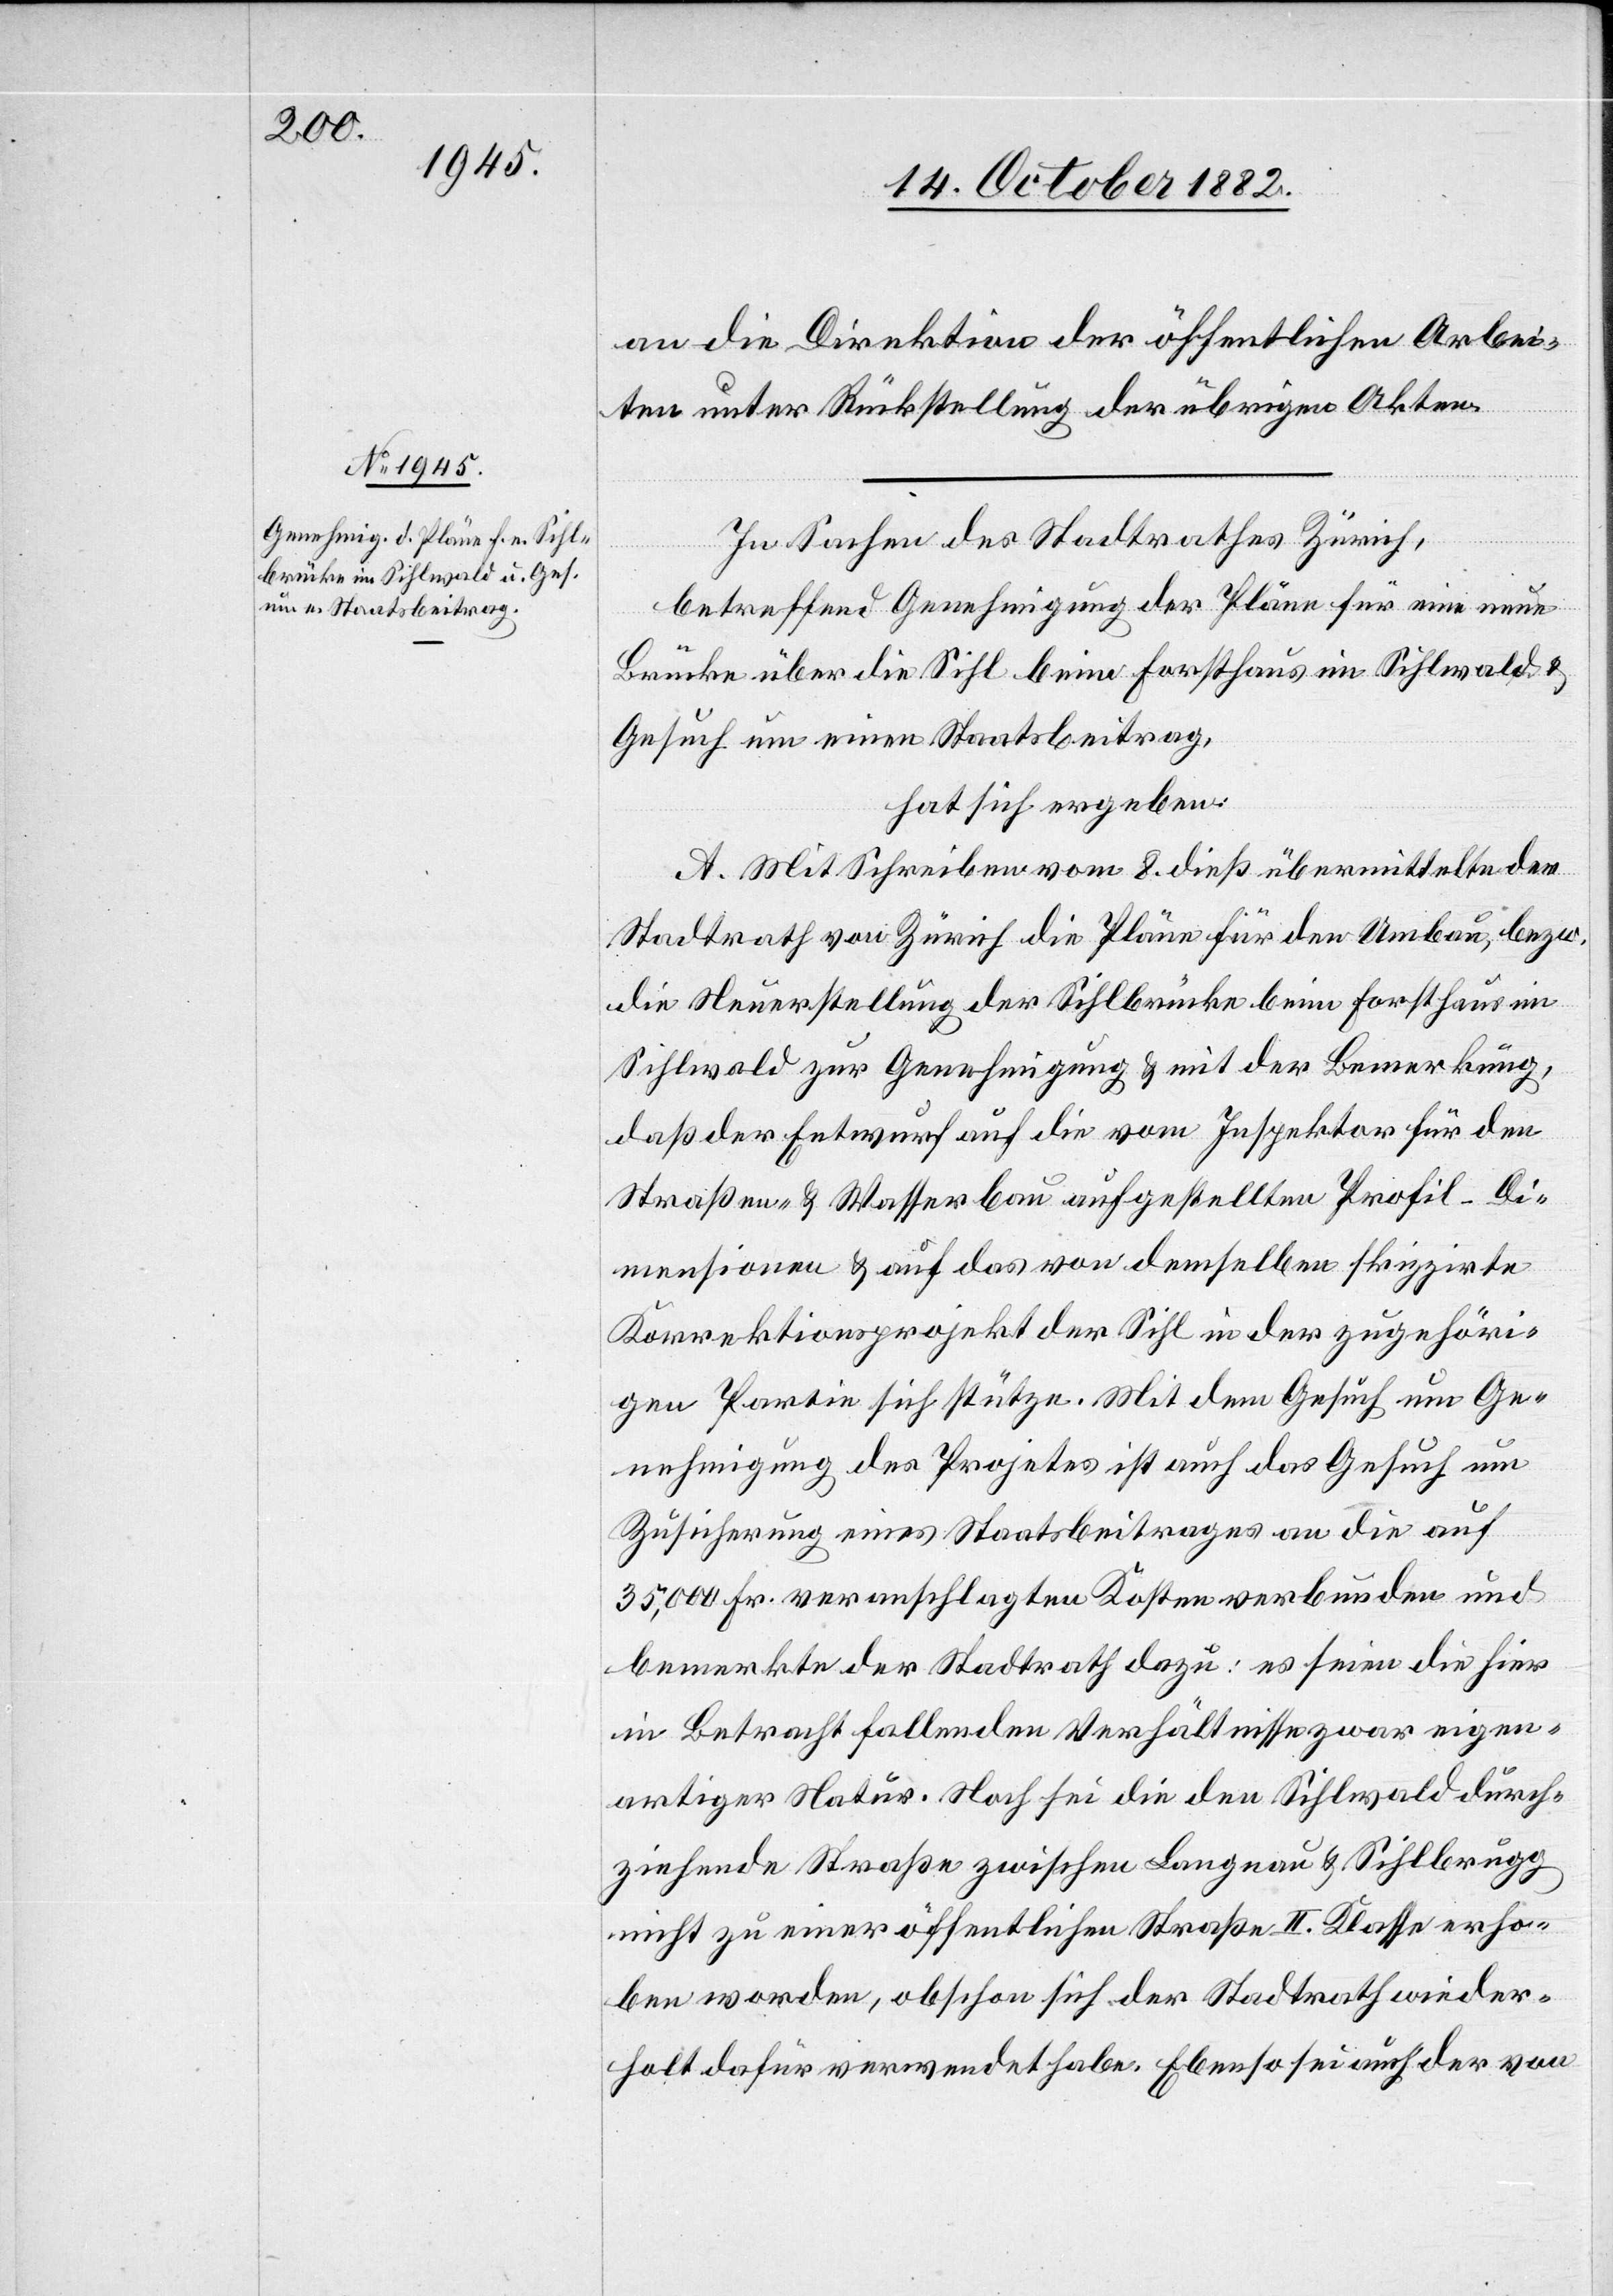
In Sachen des Stadtrathes Zürich,
betreffend Genehmigung der Pläne für eine neue
Brücke über die Sihl beim Forsthaus im Sihlwald &
Gesuch um einen Staatsbeitrag,
hat sich ergeben:
A. Mit Schreiben vom 8. dieß übermittelte der
Stadtrath von Zürich die Pläne für den Umbau, bezw.
die Neuerstellung der Sihlbrücke beim Forsthaus im
Sihlwald zur Genehmigung & mit der Bemerkung,
daß der Entwurf auf die vom Inspektor für den
Straßen- & Wasserbau aufgestellten Profil-Di¬
mensionen & auf das von demselben skizzirte
Korrektionsprojekt der Sihl in der zugehöri¬
gen Partie sich stütze. Mit dem Gesuch um Ge¬
nehmigung des Proje[k]tes ist auch das Gesuch um
Zusicherung eines Staatsbeitrages an die auf
35,000 Fr. veranschlagten Kosten verbunden und
bemerkte der Stadtrath dazu: es seien die hier
in Betracht fallenden Verhältnisse zwar eigen¬
artiger Natur. Noch sei die den Sihlwald durch¬
ziehende Straße zwischen Langnau & Sihlbrugg
nicht zu einer öffentlichen Straße II. Klasse erho¬
ben worden, obschon sich der Stadtrath wieder¬
holt dafür verwendet habe. Ebenso sei auch der von